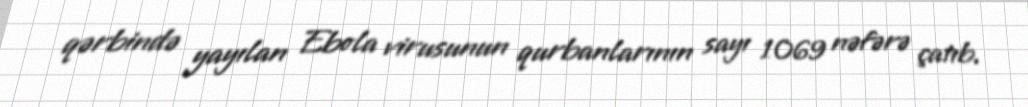
qərbində yayılan Ebola virusunun qurbanlarının sayı 1069 nəfərə çatıb.